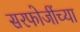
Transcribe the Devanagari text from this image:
सरफोजींच्या